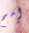
إمم